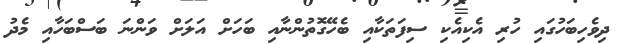
ދިވެހިބަހުގައި ހުރި އެކިއެކި ސިފަތަކާއި ބެހޭގޮތުންނާއި ބަހަށް އަލަށް ވަންނަ ބަސްބަހާއި މެދު